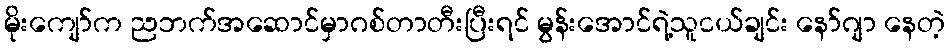
မိုးကျော်က ညဘက်အဆောင်မှာဂစ်တာတီးပြီးရင် မွန်းအောင်ရဲ့သူငယ်ချင်း နော်ဂျာ နေတဲ့